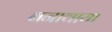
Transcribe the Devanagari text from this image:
बनावाया